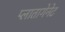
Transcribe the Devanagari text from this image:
प्लातागेनेट